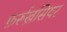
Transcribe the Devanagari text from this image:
फ़र्रूख़सियर